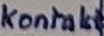
Text: Kontakt